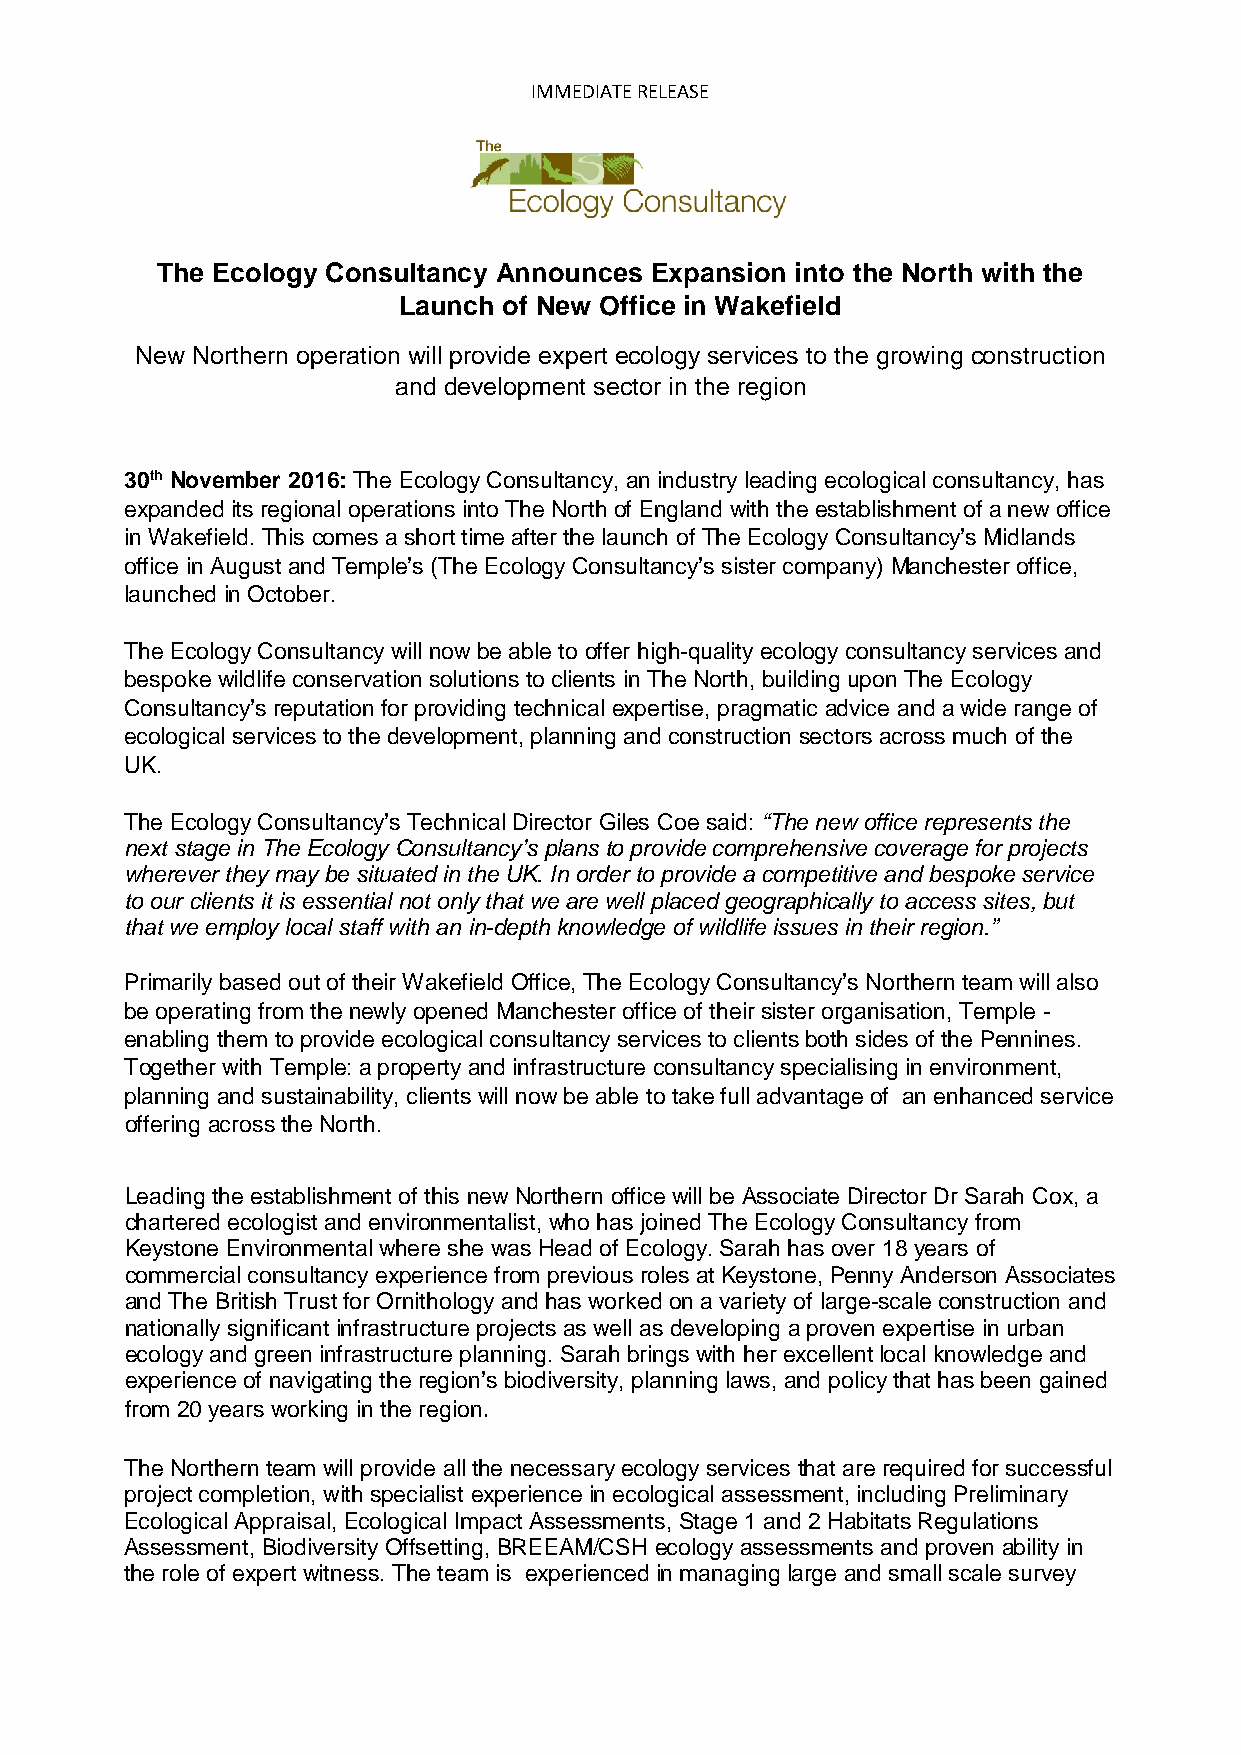
IMMEDIATE RELEASE
 The Ecology Consultancy Announces Expansion into the North with the
 Launch of New Office in Wakefield
 New Northern operation will provide expert ecology services to the growing construction
 and development sector in the region
 30th November 2016: The Ecology Consultancy, an industry leading ecological consultancy, has
 expanded its regional operations into The North of England with the establishment of a new office
 in Wakefield. This comes a short time after the launch of The Ecology Consultancy’s Midlands
 office in August and Temple’s (The Ecology Consultancy’s sister company) Manchester office,
 launched in October.
 The Ecology Consultancy will now be able to offer high-quality ecology consultancy services and
 bespoke wildlife conservation solutions to clients in The North, building upon The Ecology
 Consultancy’s reputation for providing technical expertise, pragmatic advice and a wide range of
 ecological services to the development, planning and construction sectors across much of the
 UK.
 The Ecology Consultancy’s Technical Director Giles Coe said: “The new office represents the
 next stage in The Ecology Consultancy’s plans to provide comprehensive coverage for projects
 wherever they may be situated in the UK. In order to provide a competitive and bespoke service
 to our clients it is essential not only that we are well placed geographically to access sites, but
 that we employ local staff with an in-depth knowledge of wildlife issues in their region.”
 Primarily based out of their Wakefield Office, The Ecology Consultancy’s Northern team will also
 be operating from the newly opened Manchester office of their sister organisation, Temple -
 enabling them to provide ecological consultancy services to clients both sides of the Pennines.
 Together with Temple: a property and infrastructure consultancy specialising in environment,
 planning and sustainability, clients will now be able to take full advantage of an enhanced service
 offering across the North.
 Leading the establishment of this new Northern office will be Associate Director Dr Sarah Cox, a
 chartered ecologist and environmentalist, who has joined The Ecology Consultancy from
 Keystone Environmental where she was Head of Ecology. Sarah has over 18 years of
 commercial consultancy experience from previous roles at Keystone, Penny Anderson Associates
 and The British Trust for Ornithology and has worked on a variety of large-scale construction and
 nationally significant infrastructure projects as well as developing a proven expertise in urban
 ecology and green infrastructure planning. Sarah brings with her excellent local knowledge and
 experience of navigating the region’s biodiversity, planning laws, and policy that has been gained
 from 20 years working in the region.
 The Northern team will provide all the necessary ecology services that are required for successful
 project completion, with specialist experience in ecological assessment, including Preliminary
 Ecological Appraisal, Ecological Impact Assessments, Stage 1 and 2 Habitats Regulations
 Assessment, Biodiversity Offsetting, BREEAM/CSH ecology assessments and proven ability in
 the role of expert witness. The team is experienced in managing large and small scale survey